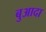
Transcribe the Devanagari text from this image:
बुआदा